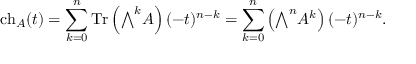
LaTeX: \operatorname { c h } _ { A } ( t ) = \sum _ { k = 0 } ^ { n } \operatorname { T r } \left( { \textstyle \bigwedge } ^ { k } A \right) ( - t ) ^ { n - k } = \sum _ { k = 0 } ^ { n } \left( { \textstyle \bigwedge } ^ { n } A ^ { k } \right) ( - t ) ^ { n - k } .